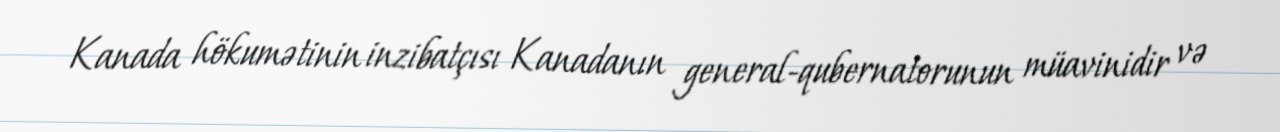
Kanada hökumətinin inzibatçısı Kanadanın general-qubernatorunun müavinidir və